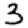
Digit: 3